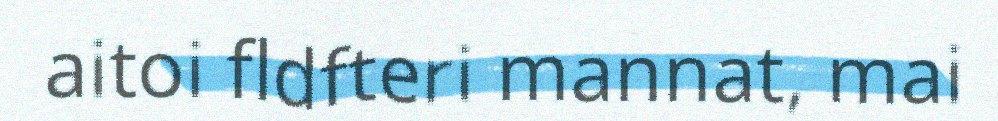
aitoi fldfteri mannat, mai